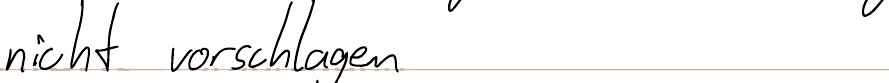
nicht vorschlagen